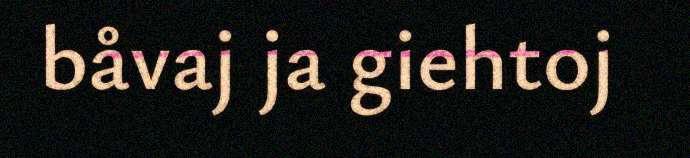
båvaj ja giehtoj